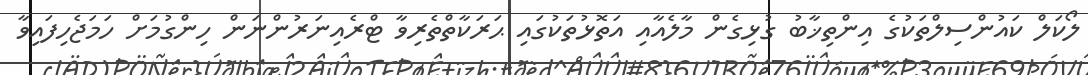
ލޯކަލް ކައުންސިލްތަކުގެ އިންތިޚާބު ގުޅިގެން މާލެއާއި އަތޮޅުތަކުގައި ޙަރަކާތްތެރިވާ ޓްރެއިނަރުންނަން ހިންގުމަށް ހަމަޖެހިފައިވާ